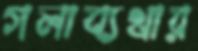
গলাব্যথার